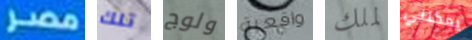
مصر تلك ولوج واقعية لملك يمكنني